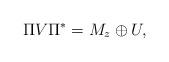
LaTeX: \begin{align*}\Pi V \Pi^* = M_z \oplus U,\end{align*}